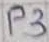
Text: P3